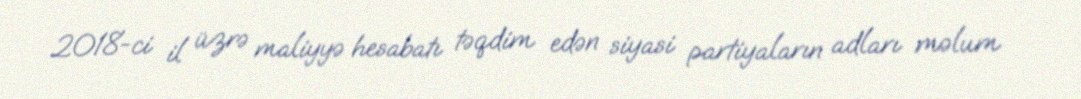
2018-ci il üzrə maliyyə hesabatı təqdim edən siyasi partiyaların adları məlum